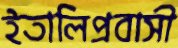
ইতালিপ্রবাসী